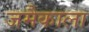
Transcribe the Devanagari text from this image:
जमैकाला